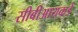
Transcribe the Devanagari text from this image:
सीबीआयकडे